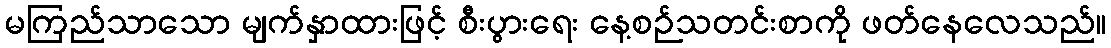
မကြည်သာသော မျက်နှာထားဖြင့် စီးပွားရေး နေ့စဉ်သတင်းစာကို ဖတ်နေလေသည်။